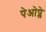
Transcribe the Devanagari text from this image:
पेओप्ले